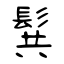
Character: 髸